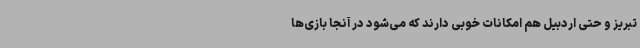
تبریز و حتی اردبیل هم امکانات خوبی دارند که می‌شود در آنجا بازی‌ها